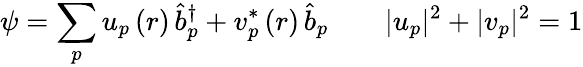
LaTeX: \psi=\sum_{p}u_{p}\left(r\right)\, \hat{b}_{p}^{\dagger}+v_{p}^{*}\left(r\right)\, \hat{b}_{p}\qquad|u_{p}|^{2}+|v_{p}|^{2}=1